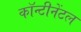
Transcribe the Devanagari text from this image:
कॉन्टीनेंटल